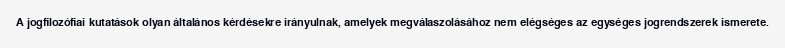
A jogfilozófiai kutatások olyan általános kérdésekre irányulnak, amelyek megválaszolásához nem elégséges az egységes jogrendszerek ismerete.